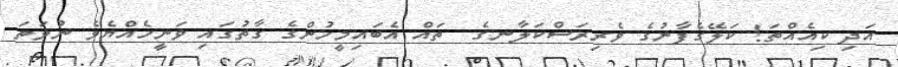
އަދި ކިއެއްތަ! ކަލޭގެފާނުގެ ވެރިރަސްކަލާނގެ  ތައް އެބައިމީހުންގެ ގާތުގައި ވަނީހެއްޔެވެ ނުވަތަ